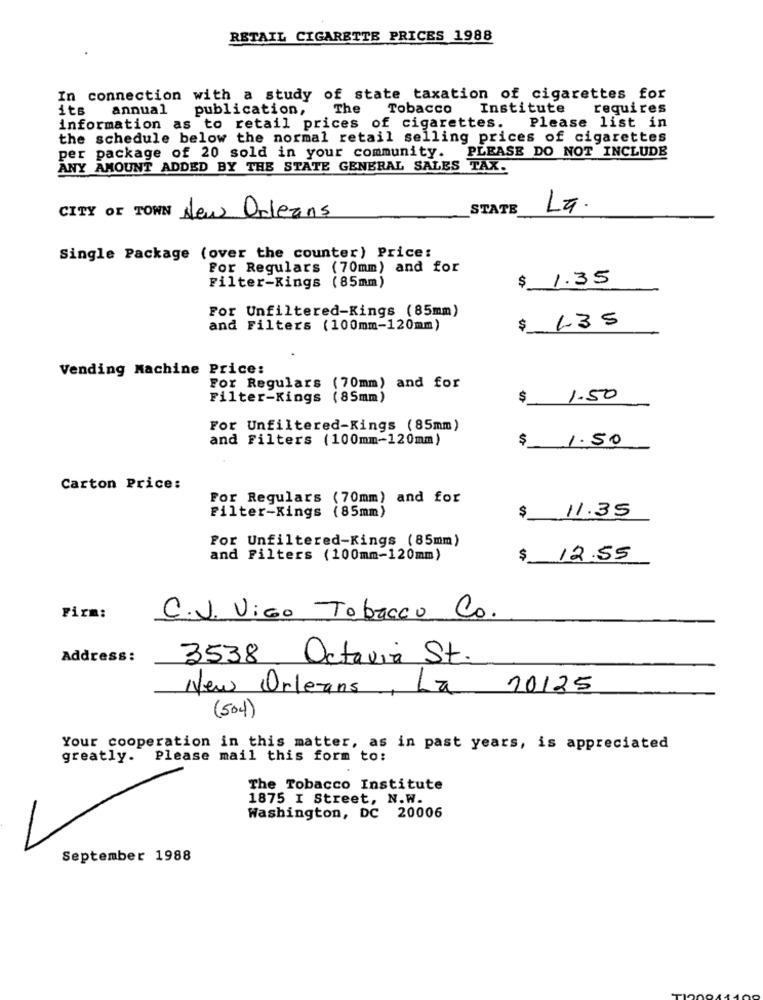
RETAIL CIGARETTE PRICES 1988
In connection with a study of state taxation of cigarettes for
its
annual
publication,
The
Tobacco Institute
requires
Please list in
information as to retail prices of cigarettes.
the schedule below the normal retail selling prices of cigarettes
per package of 20 sold in your community. PLEASE DO NOT INCLUDE
ANY AMOUNT ADDED BY THE STATE GENERAL SALES TAX.
CITY OF TOWN
STATE
La.
New Orleans
Single Package (over the counter) Price:
For Regulars (70mm) and for
Filter-Rings (85mm)
1.35
$
For Unfiltered-Kings (85mm)
1.35
and Filters (100mm-120mm)
$
Vending Machine Price:
For Regulars (70mm) and for
Filter-Kings (85mm)
$
1.50
For Unfiltered-Kings (85mm)
and Filters (100mm-120mm)
1.50
$
Carton Price:
For Regulars (70mm) and for
$
11.35
Filter-Kings (85mm)
For Unfiltered-Kings (85mm)
and Filters (100mm-120mm)
$
12:55
Firm:
C.V. ViGo Tobacco Co.
Address :
3538 Octavia St.
New Orleans, La 20125
(504)
Your cooperation in this matter, as in past years, is appreciated
greatly. Please mail this form to:
The Tobacco Institute
1875 I Street, N.W.
Washington, DC 20006
September 1988